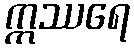
ဣဿရေ